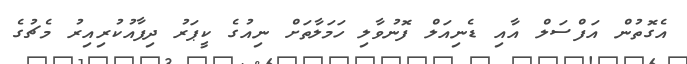
އެގޮތުން އަފްސަލް އާއި ޑެނިއަލް ފޮނުވާލި ހަމަލާތަށް ނިއުގެ ކީޕަރު ދިފާއުކުރިއިރު މެޗުގެ